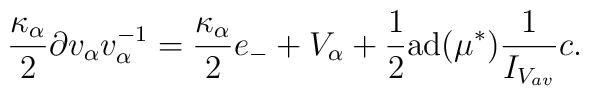
\frac{\kappa_\alpha }{2} \partial v_\alpha v^{-1}_\alpha =\frac{\kappa_\alpha}{2} e_-  + V_\alpha + \frac{1}{2}\mbox{ad}(\mu^*) \frac{1}{ I_{V_{av}}} c .